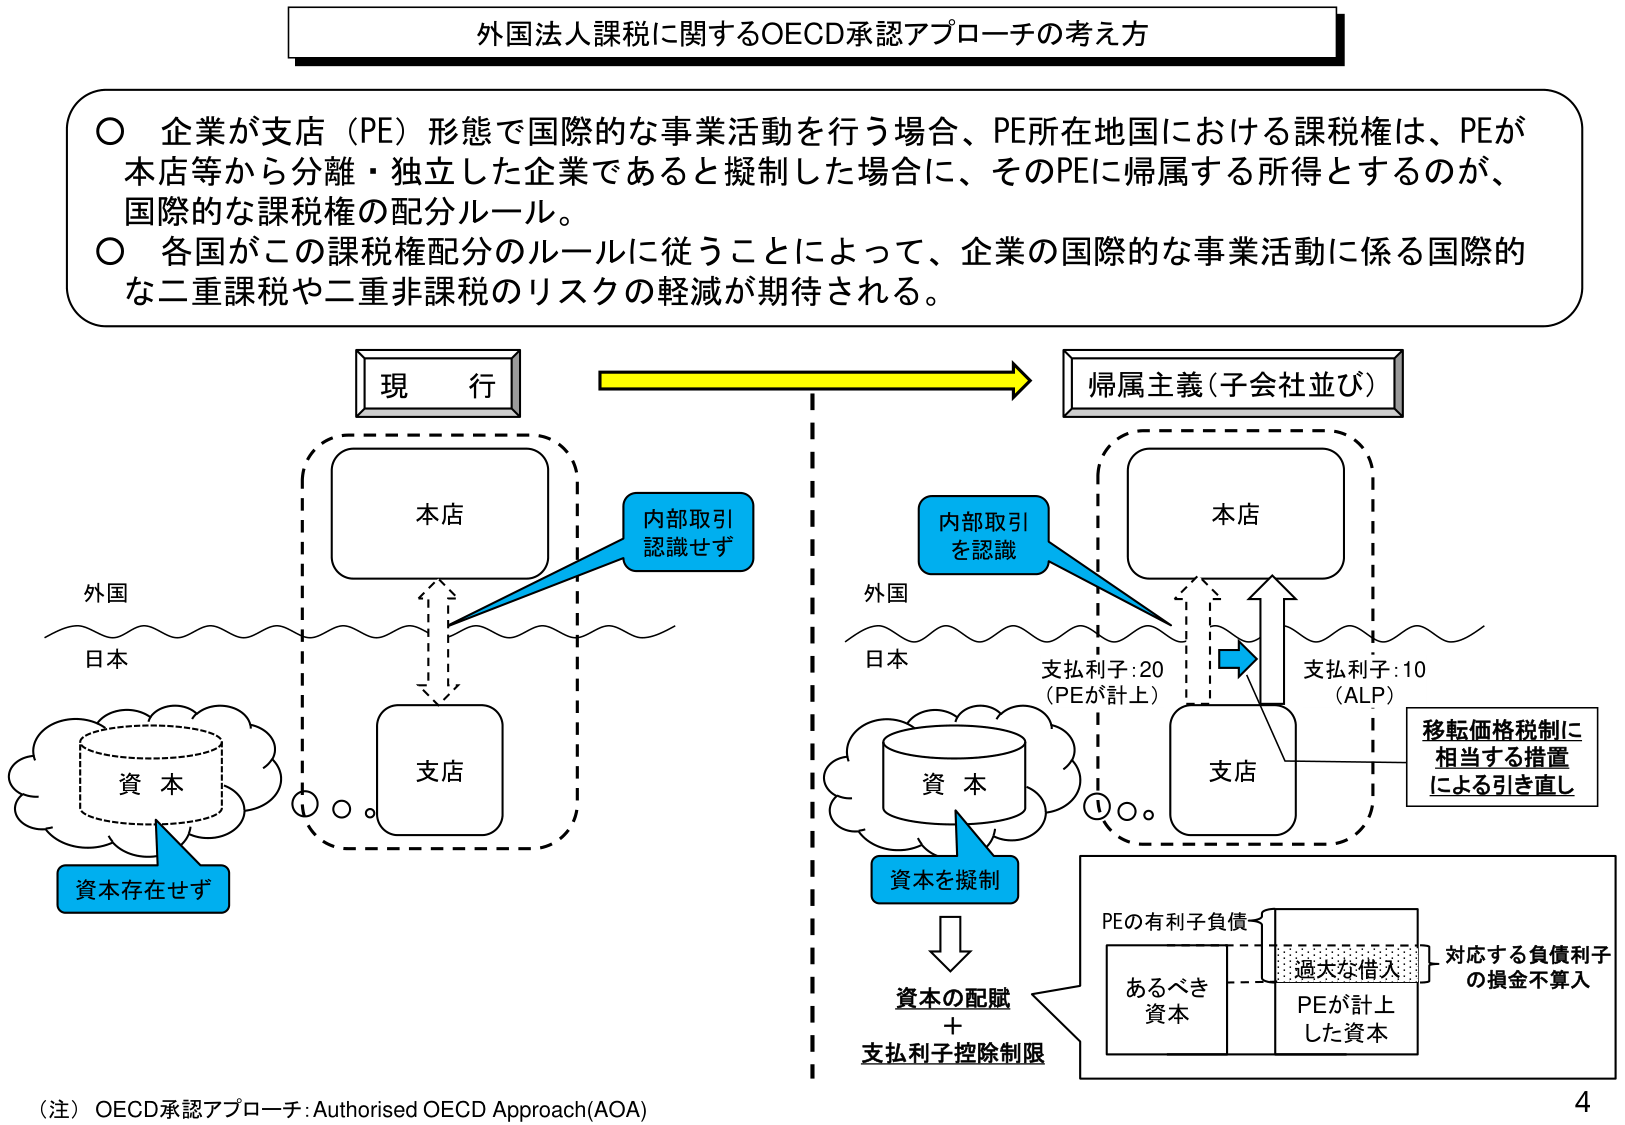
外国法人課税に関するOECD承認アプローチの考え方

○ 企業が支店（PE）形態で国際的な事業活動を行う場合、PE所在地国における課税権は、PEが本店等から分離・独立した企業であると擬制した場合に、そのPEに帰属する所得とするのが、国際的な課税権の配分ルール。
○ 各国がこの課税権配分のルールに従うことによって、企業の国際的な事業活動に係る国際的な二重課税や二重非課税のリスクの軽減が期待される。

現行

外国
日本

本店
支店

内部取引
認識せず

資本
資本存在せず

帰属主義（子会社並び）

外国
日本

本店
支店

内部取引
を認識

支払利子：20
（PEが計上）

支払利子：10
（ALP）

移転価格税制に
相当する措置
による引き直し

資本
資本を擬制

資本の配賦
＋
支払利子控除制限

PEの有利子負債
あるべき
資本
過大な借入
PEが計上
した資本
対応する負債利子
の損金不算入

（注）OECD承認アプローチ：Authorised OECD Approach(AOA)

4